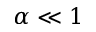
\alpha \ll 1